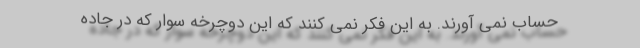
حساب نمی آورند. به این فکر نمی کنند که این دوچرخه سوار که در جاده